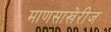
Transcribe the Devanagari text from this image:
माणसाखेरीज